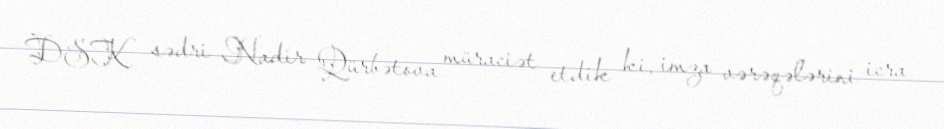
DSK sədri Nadir Qürbətova müraciət etdik ki, imza vərəqələrini icra